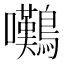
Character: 𫛗